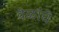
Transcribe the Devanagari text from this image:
वेळांचे